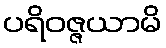
ပရိဝဇ္ဇယာမိ